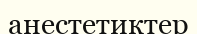
анестетиктер